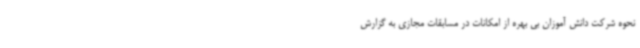
نحوه شرکت دانش آموزان بی بهره از امکانات در مسابقات مجازی به گزارش